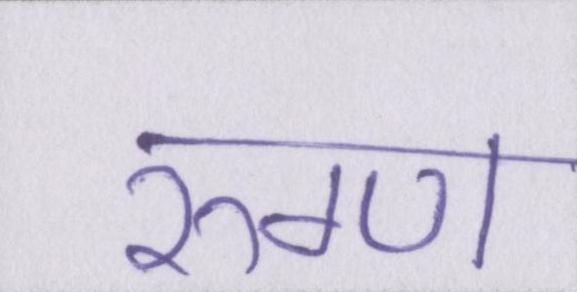
रुग्ण